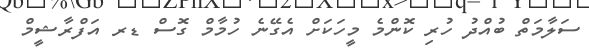
ސަލާމަތް ބުއްދު ހުރި ކޮންމެ މީހަކަށް އެގޭނެ ހުމާމް ގޮސް ޑރ އަފްރާޝީމް